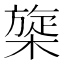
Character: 𰘡